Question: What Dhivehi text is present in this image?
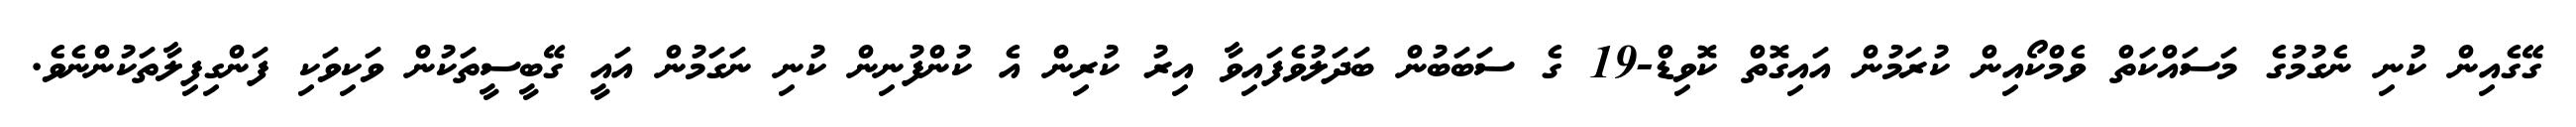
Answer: ގޭގެއިން ކުނި ނެގުމުގެ މަސައްކަތް ވެމްކޯއިން ކުރަމުން އައިގޮތް ކޮވިޑް-19 ގެ ސަބަބުން ބަދަލުވެފައިވާ އިރު ކުރިން އެ ކުންފުނިން ކުނި ނަގަމުން އައީ ގޭބީސީތަކުން ވަކިވަކި ފަންގިފިލާތަކުންނެވެ.